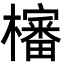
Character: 㰂